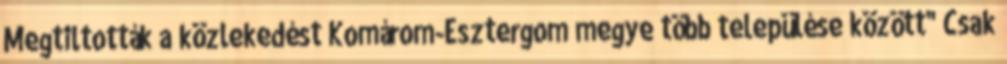
Megtiltották a közlekedést Komárom-Esztergom megye több települése között" Csak